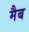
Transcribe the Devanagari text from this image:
मैब